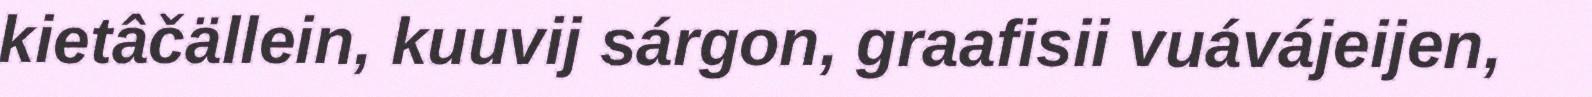
kietâčällein, kuuvij sárgon, graafisii vuávájeijen,